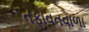
તફાવતવાળા